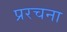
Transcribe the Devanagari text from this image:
प्ररचना